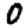
Digit: 0